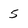
Character: 5